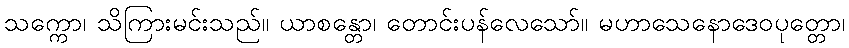
သက္ကော၊ သိကြားမင်းသည်။ ယာစန္တော၊ တောင်းပန်လေသော်။ မဟာသေနောဒေဝပုတ္တော၊